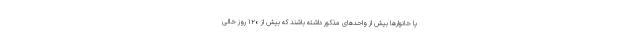
یا خانوارها بیش از واحدهای مذکور داشته باشند که بیش از ۱۲۰ روز خالی